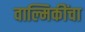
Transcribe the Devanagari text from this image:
वाल्मिकींचा